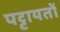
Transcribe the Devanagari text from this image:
पट्टायतों